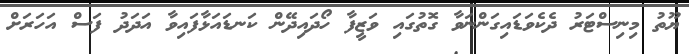
ޔޫތު މިނިސްޓަރު ދެކެވަޑައިގަންނަވާ ގޮތުގައި ވަޒީފާ ހޯދައިދޭން ކަނޑައަޅާފައިވާ އަދަދު ފަސް އަހަރަށް